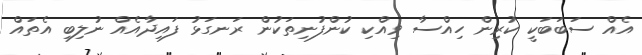
އެއް ސަބަބަކީ ކުރިން ހިއްސާ ވިއްކި ކުންފުނިތަކުން ރަނގަޅު ފައިދާއެއް ނުލިބި އެތައް